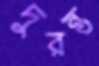
দুরন্ত